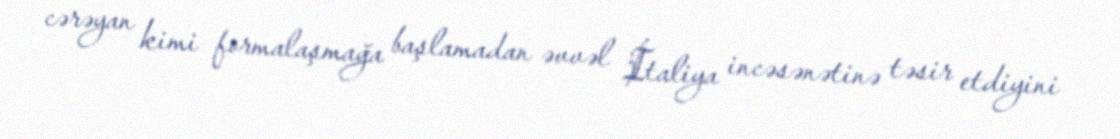
cərəyan kimi formalaşmağa başlamadan əvvəl İtaliya incəsənətinə təsir etdiyini